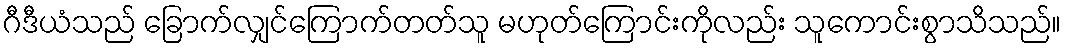
ဂီဒီယံသည် ခြောက်လျှင်ကြောက်တတ်သူ မဟုတ်ကြောင်းကိုလည်း သူကောင်းစွာသိသည်။